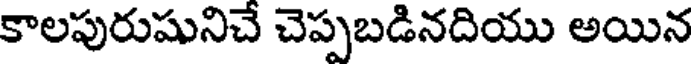
కాలపురుషునిచే చెప్పబడినదియు అయిన